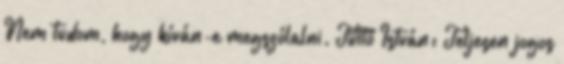
Nem tudom, hogy kíván-e megszólalni. Tüttő István: Teljesen jogos